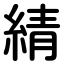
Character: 綪